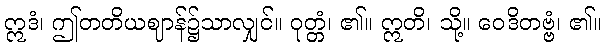
ဣဒံ၊ ဤတတိယဈာန်၌သာလျှင်။ ဝုတ္တံ၊ ၏။ ဣတိ၊ သို့။ ဝေဒိတဗ္ဗံ၊ ၏။